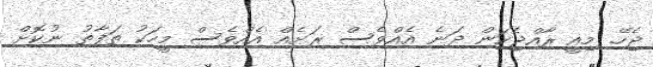
ޖެހޭ. މިއީ ރާއްޖެކަން ދަނެ އެއްވެސް ރަށެއް އެއްވެސް މީހަކު ތަފާތު ނުކޮށް